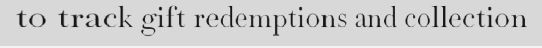
to track gift redemptions and collection